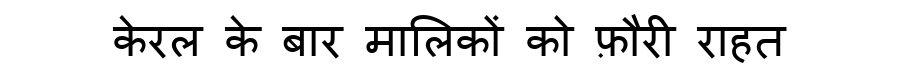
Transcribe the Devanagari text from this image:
केरल के बार मालिकों को फ़ौरी राहत